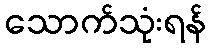
သောက်သုံးရန်